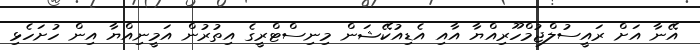
އޭނާ އަށް ރައީސުލްޖުމްހޫރިއްޔާ އާއި އެޑިއުކޭޝަން މިނިސްޓްރީގެ އިތުރުން އަމީނިއްޔާ އިން ހުށަހެޅި